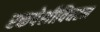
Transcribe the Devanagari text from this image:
रक्तपेशीविघटन